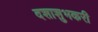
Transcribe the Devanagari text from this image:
दशाशुभकरी